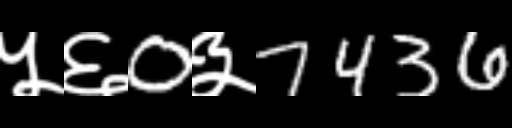
Text: ५६0३7436